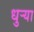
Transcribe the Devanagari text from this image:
धुर्‍या